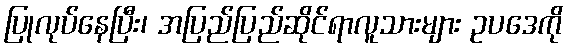
ပြုလုပ်နေပြီး၊ အပြည်ပြည်ဆိုင်ရာလူသားများ ဥပဒေကို